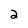
Character: 2